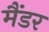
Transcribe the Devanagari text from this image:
मैंडर